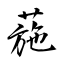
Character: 葹